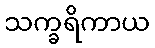
သက္ခရိကာယ